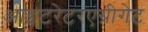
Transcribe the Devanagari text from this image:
आइटरेटरएग्रीगेट